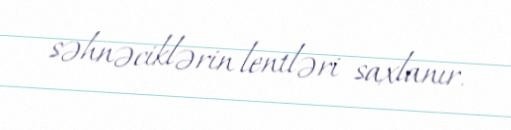
səhnəciklərin lentləri saxlanır.